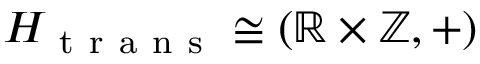
H _ { \mathrm { ~ t ~ r ~ a ~ n ~ s ~ } } \cong ( \mathbb { R } \times \mathbb { Z } , + )